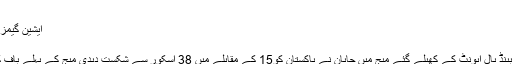
...
ایشین گیمز،ہینڈ بال ایونٹ میں پاکستان کو جاپان کے ہاتھوں شکست
16 اگست, 2018	تبصرہ لکھیں
جکارتہ(سپورٹس لنک رپورٹ)18 ویں ایشین گیمز میں ہینڈ بال ایونٹ کے کھیلے گئے میچ میں جاپان نے پاکستان کو15 کے مقابلے میں 38 اسکور سے شکست دیدی میچ کے پہلے ہاف کااسکور20-7جبکہ دوسرے ہاف کا اسکورر18-8 رہا ۔